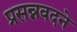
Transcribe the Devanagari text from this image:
प्रसन्नवदने